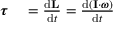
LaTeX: \begin{array} { r l } { { \boldsymbol { \tau } } } & { { } = { \frac { \mathrm { { d } } \mathbf { L } } { \mathrm { { d } } t } } = { \frac { \mathrm { { d } } ( \mathbf { I } \cdot { \boldsymbol { \omega } } ) } { \mathrm { { d } } t } } } \end{array}